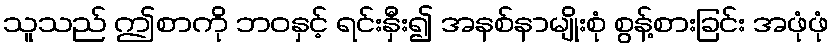
သူသည် ဤစာကို ဘဝနှင့် ရင်းနှီး၍ အနစ်နာမျိုးစုံ စွန့်စားခြင်း အဖုံဖုံ